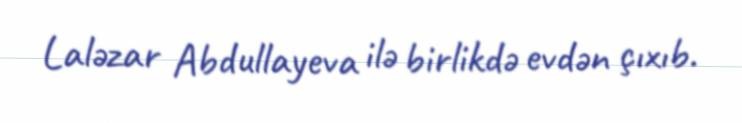
Laləzar Abdullayeva ilə birlikdə evdən çıxıb.